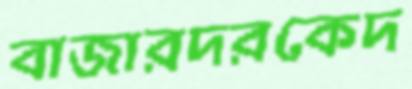
বাজারদরকেদ